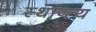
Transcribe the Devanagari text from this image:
स्थाप्त्य